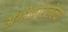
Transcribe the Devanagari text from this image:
अंगीकारलेल्या